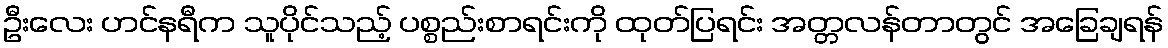
ဦးလေး ဟင်နရီက သူပိုင်သည့် ပစ္စည်းစာရင်းကို ထုတ်ပြရင်း အတ္တလန်တာတွင် အခြေချရန်